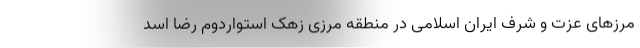
مرزهای عزت و شرف ایران اسلامی در منطقه مرزی زهک استواردوم رضا اسد